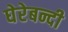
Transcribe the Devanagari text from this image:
घेरेबन्दी